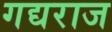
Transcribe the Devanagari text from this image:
गद्यराज